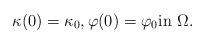
LaTeX: \begin{align*} \kappa(0) = \kappa_0, \varphi(0) = \varphi_0 \textrm{in $\Omega$}.\end{align*}